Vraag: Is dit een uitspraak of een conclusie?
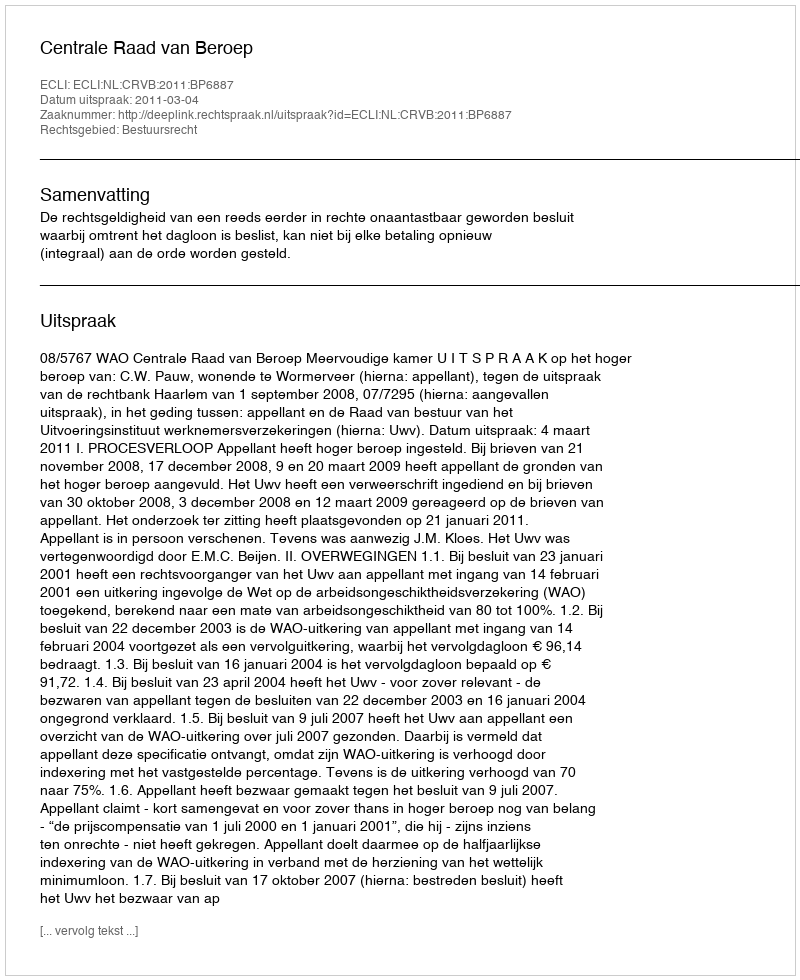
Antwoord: Uitspraak